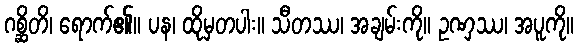
ဂစ္ဆိတိ၊ ရောက်၏။ ပန၊ ထိုမှတပါး။ သီတဿ၊ အချမ်းကို။ ဥဏှဿ၊ အပူကို။